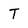
Character: T